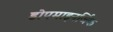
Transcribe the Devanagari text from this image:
डोपमाइनर्जिक